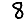
Digit: 8